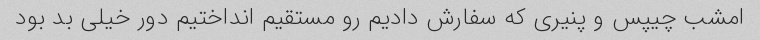
امشب چیپس و پنیری که سفارش دادیم رو مستقیم انداختیم دور خیلی بد بود